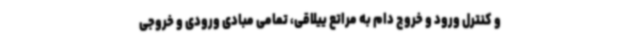
و کنترل ورود و خروج دام به مراتع ییلاقی، تمامی مبادی ورودی و خروجی